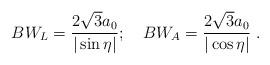
LaTeX: \begin{align*}BW_L = \frac{2 \sqrt{3} a_0}{|\sin\eta|} ; \ \ \ BW_A =\frac{2\sqrt{3}a_0}{|\cos\eta|} \; .\end{align*}